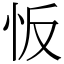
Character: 㤆